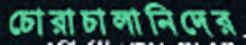
চোরাচালানিদের